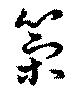
策